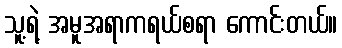
သူ့ရဲ့ အမူအရာကရယ်စရာ ကောင်းတယ်။